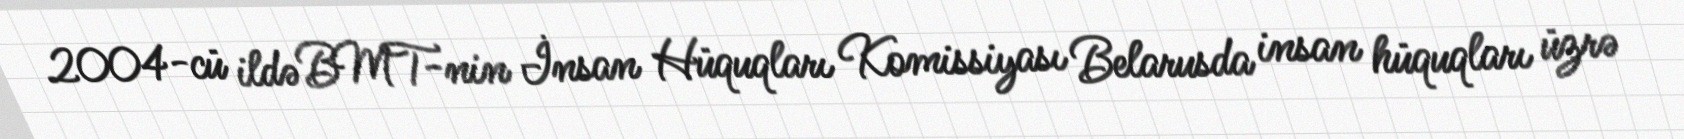
2004-cü ildə BMT-nin İnsan Hüquqları Komissiyası Belarusda insan hüquqları üzrə